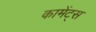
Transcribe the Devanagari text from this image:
कामेंट्स